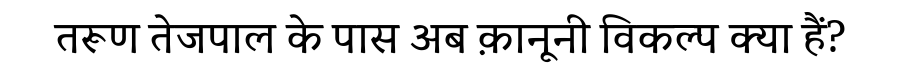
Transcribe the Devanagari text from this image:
तरूण तेजपाल के पास अब क़ानूनी विकल्प क्या हैं?